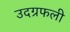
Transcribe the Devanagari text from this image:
उदग्रफली